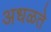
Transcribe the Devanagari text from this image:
अधळते